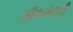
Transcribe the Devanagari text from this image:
आँकनेवाली